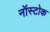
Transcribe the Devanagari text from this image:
नॉस्टोक